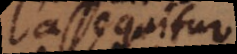
assequitur.